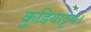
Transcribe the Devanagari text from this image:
कुडियाट्टम।